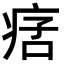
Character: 𤶂